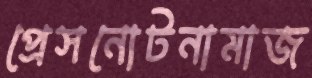
প্রেসনোটনামাজ